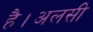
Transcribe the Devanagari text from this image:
है।अलसी